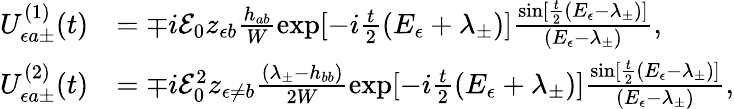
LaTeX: \begin{array}{rl}{U_{\epsilon a\pm}^{(1)}(t)}&{=\mp i{\cal E}_{0}z_{\epsilon b}\frac{h_{ab}}{W}\exp[-i\frac{t}{2}(E_{\epsilon}+\lambda_{\pm})]\frac{\sin[\frac{t}{2}(E_{\epsilon}-\lambda_{\pm})]}{(E_{\epsilon}-\lambda_{\pm})},}\\ {U_{\epsilon a\pm}^{(2)}(t)}&{=\mp i{\cal E}_{0}^{2}z_{\epsilon\neq b}\frac{(\lambda_{\pm}-h_{bb})}{2W}\exp[-i\frac{t}{2}(E_{\epsilon}+\lambda_{\pm})]\frac{\sin[\frac{t}{2}(E_{\epsilon}-\lambda_{\pm})]}{(E_{\epsilon}-\lambda_{\pm})},}\end{array}